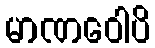
မာဏဝေါပိ